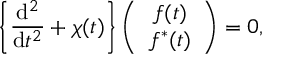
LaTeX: \left\{ \frac { \mathrm { d } ^ { 2 } } { \mathrm { d } t ^ { 2 } } + \chi ( t ) \right\} \left( \begin{array} { c } { { f ( t ) } } \\ { { f ^ { \ast } ( t ) } } \end{array} \right) = 0 ,